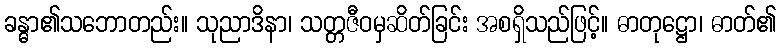
ခန္ဓာ၏သဘောတည်း။ သုညာဒိနာ၊ သတ္တဇီဝမှဆိတ်ခြင်း အစရှိသည်ဖြင့်။ ဓာတုဋ္ဌော၊ ဓာတ်၏